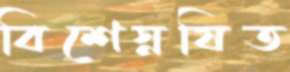
বিশেস্নষিত